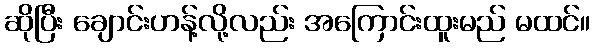
ဆိုပြီး ချောင်းဟန့်လို့လည်း အကြောင်းထူးမည် မထင်။